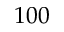
1 0 0